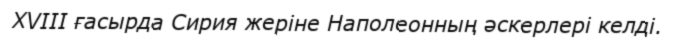
XVIII ғасырда Сирия жеріне Наполеонның әскерлері келді.